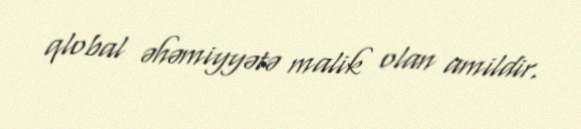
qlobal əhəmiyyətə malik olan amildir.